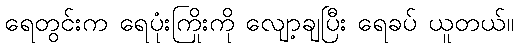
ရေတွင်းက ရေပုံးကြိုးကို လျော့ချပြီး ရေခပ် ယူတယ်။